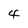
Character: 4